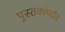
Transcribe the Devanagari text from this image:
पुस्तकांपर्यंत